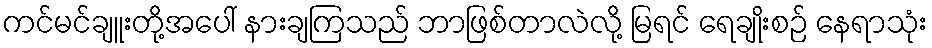
ကင်မင်ချူးတို့အပေါ် နားချကြသည် ဘာဖြစ်တာလဲလို့ မြရင် ရေချိုးစဉ် နေရာသုံး